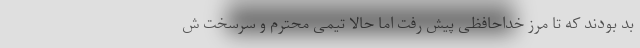
بد بودند که تا مرز خداحافظی پیش رفت اما حالا تیمی محترم و سرسخت ش